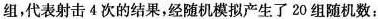
组，代表射击4次的结果，经随机模拟产生了20组随机数：